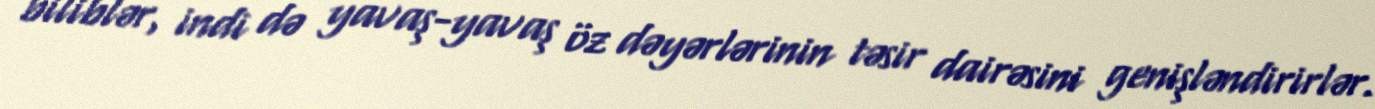
biliblər, indi də yavaş-yavaş öz dəyərlərinin təsir dairəsini genişləndirirlər.